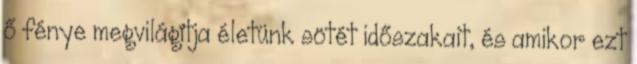
ő fénye megvilágítja életünk sötét időszakait, és amikor ezt